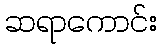
ဆရာကောင်း